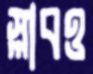
স্লাবও